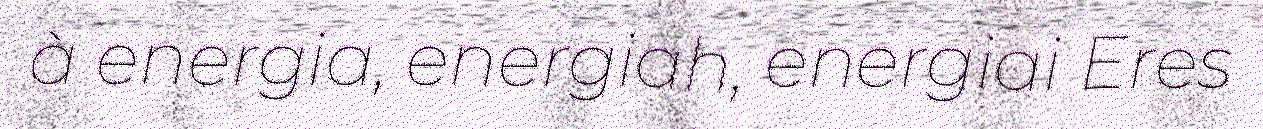
à energia, energiah, energiai Eres